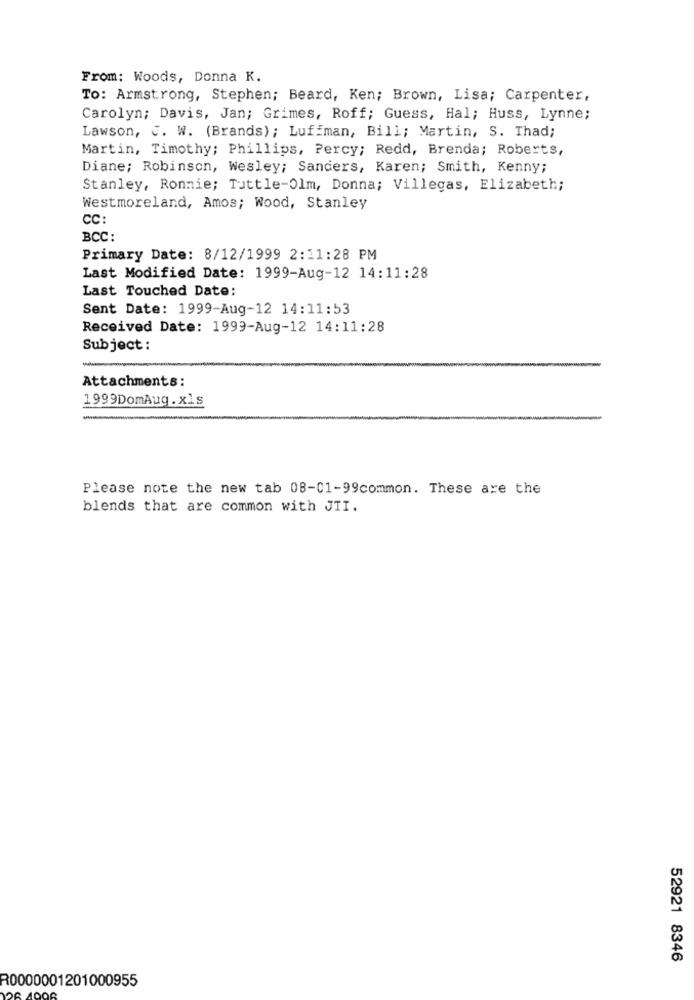
From: Woods, Donna K.
To: Armstrong, Stephen; Beard, Ken; Brown, Lisa; Carpenter,
Carolyn; Davis, Jan; Grimes, Roff; Guess, Hal; Huss, Lynne;
Lawson, J. W. (Brands); Lufiman, Bill; Martin, S. Thad;
Martin, Timothy; Phillips, Percy; Redd, Brenda; Roberts,
Diane; Robinson, Wesley; Sanders, Karen; Smith, Kenny;
Stanley, Ronnie; Tuttle-Olm, Donna; Villegas, Elizabeth;
Westmoreland, Amos; Wood, Stanley
CC:
BCC:
Primary Date: 8/12/1999 2:11:28 PM
Last Modified Date: 1999-Aug-12 14:11:28
Last Touched Date:
Sent Date: 1999-Aug-12 14:11:53
Received Date: 1999-Aug-12 14:11:28
Subject :
Attachments:
1999DomAug. xls
Please note the new tab 08-01-99common. These are the
blends that are common with JII.
52921 8346
R0000001201000955